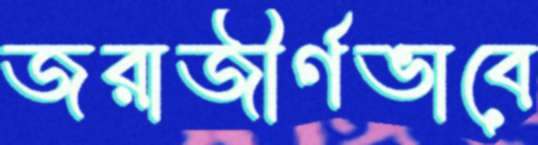
জরাজীর্ণভাবে